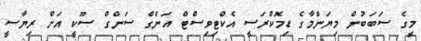
މީގެ ސަބަބުން މިޔަންމާގެ ޑިމޮކްރަސީ އެކްޓިވިސްޓް އަންގް ސަންގް ސޫކީ އަށް ރިޔާސީ